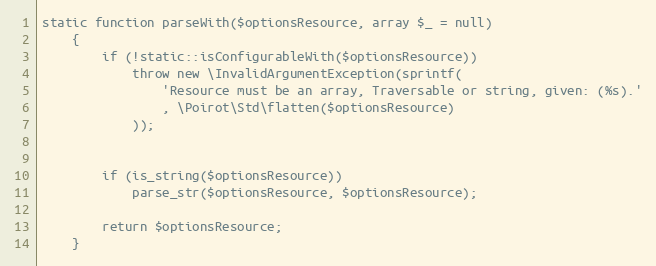
Language: PHP
static function parseWith($optionsResource, array $_ = null)
    {
        if (!static::isConfigurableWith($optionsResource))
            throw new \InvalidArgumentException(sprintf(
                'Resource must be an array, Traversable or string, given: (%s).'
                , \Poirot\Std\flatten($optionsResource)
            ));

        if (is_string($optionsResource))
            parse_str($optionsResource, $optionsResource);

        return $optionsResource;
    }